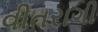
વીતરાગી